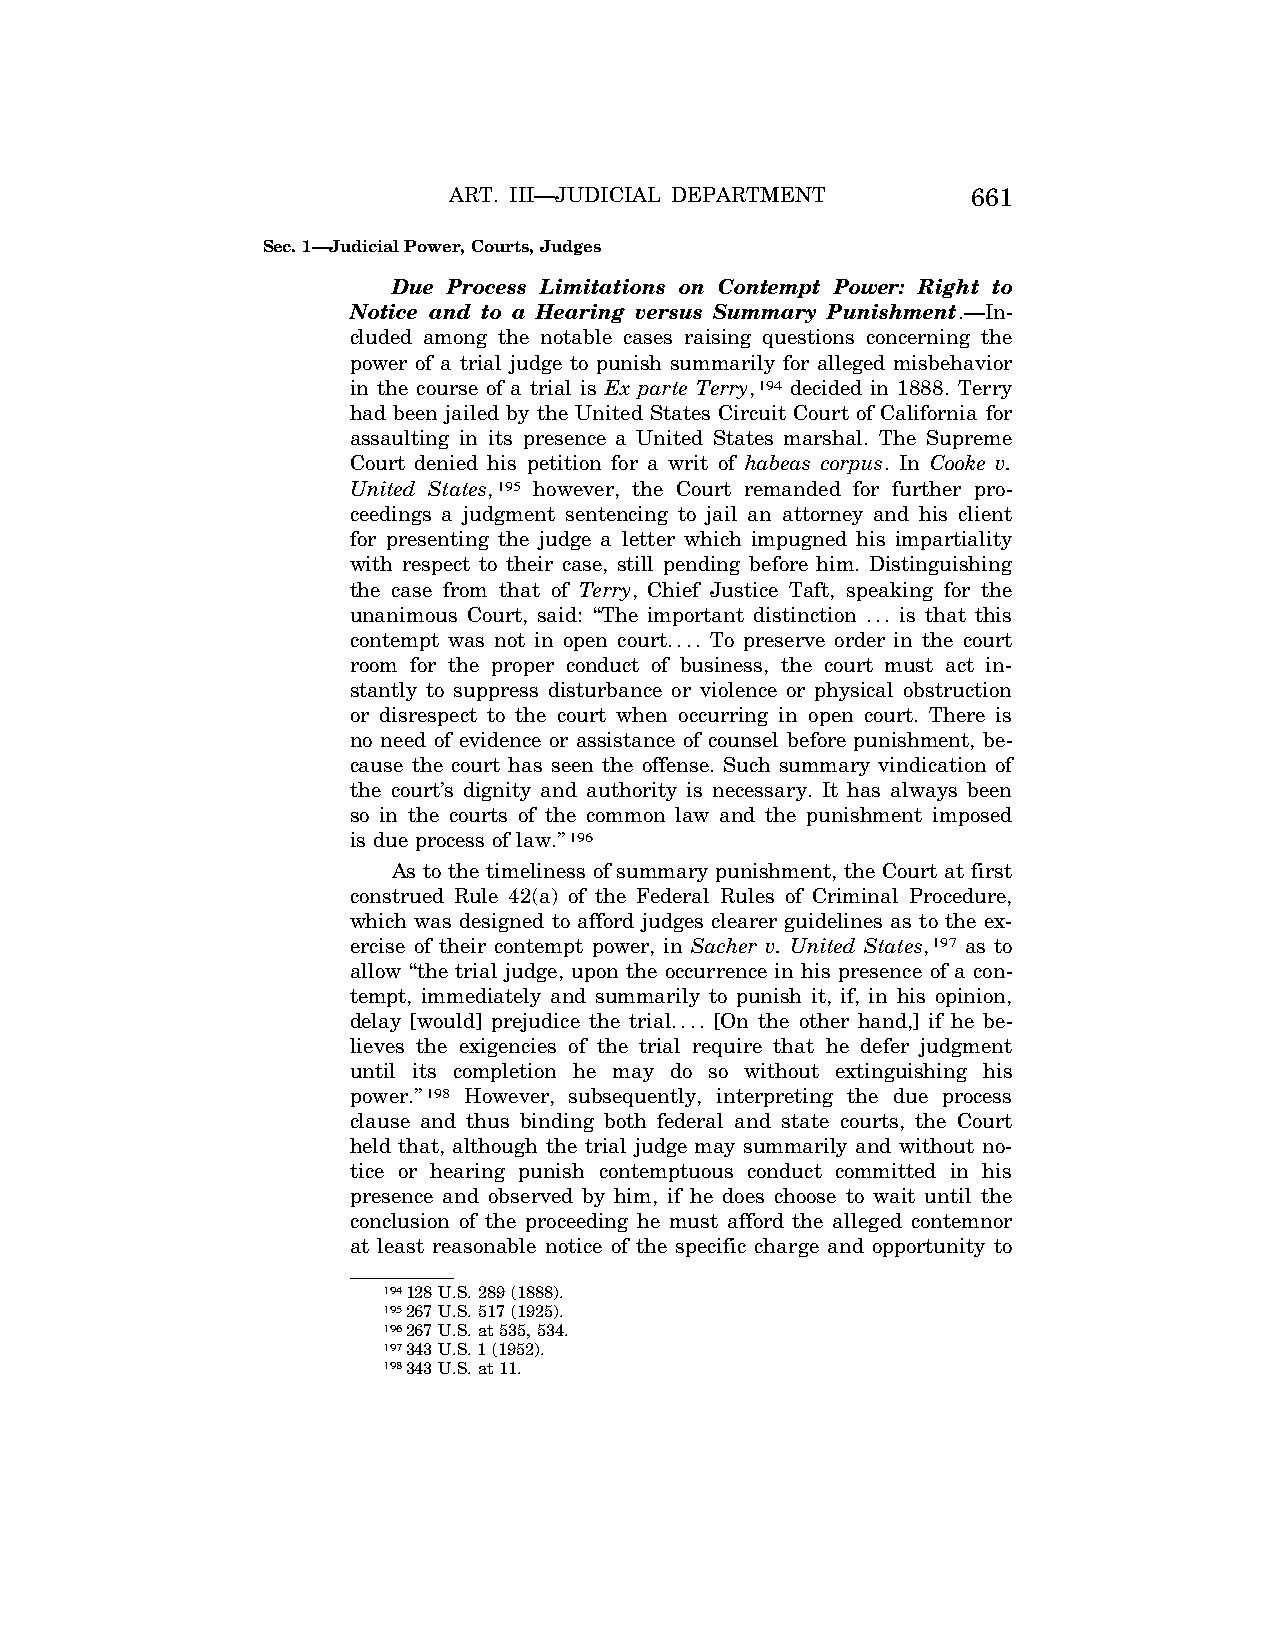
ART. III—JUDICIAL DEPARTMENT      661
 Sec. 1—Judicial Power, Courts, Judges
 Due Process Limitations on Contempt Power: Right to
 Notice and to a Hearing versus Summary Punishment.—In-
 cluded among the notable cases raising questions concerning the
 power of a trial judge to punish summarily for alleged misbehavior
 in the course of a trial is Ex parte Terry,194 decided in 1888. Terry
 had been jailed by the United States Circuit Court of California for
 assaulting in its presence a United States marshal. The Supreme
 Court denied his petition for a writ of habeas corpus. In Cooke v.
 United States,195 however, the Court remanded for further pro-
 ceedings a judgment sentencing to jail an attorney and his client
 for presenting the judge a letter which impugned his impartiality
 with respect to their case, still pending before him. Distinguishing
 the case from that of Terry, Chief Justice Taft, speaking for the
 unanimous Court, said: ‘‘The important distinction ... is that this
 contempt was not in open court.... To preserve order in the court
 room for the proper conduct of business, the court must act in-
 stantly to suppress disturbance or violence or physical obstruction
 or disrespect to the court when occurring in open court. There is
 no need of evidence or assistance of counsel before punishment, be-
 cause the court has seen the offense. Such summary vindication of
 the court’s dignity and authority is necessary. It has always been
 so in the courts of the common law and the punishment imposed
 is due process of law.’’196
 As to the timeliness of summary punishment, the Court at first
 construed Rule 42(a) of the Federal Rules of Criminal Procedure,
 which was designed to afford judges clearer guidelines as to the ex-
 ercise of their contempt power, in Sacher v. United States,197 as to
 allow ‘‘the trial judge, upon the occurrence in his presence of a con-
 tempt, immediately and summarily to punish it, if, in his opinion,
 delay [would] prejudice the trial.... [On the other hand,] if he be-
 lieves the exigencies of the trial require that he defer judgment
 until its completion he may do so without extinguishing his
 power.’’198 However, subsequently, interpreting the due process
 clause and thus binding both federal and state courts, the Court
 held that, although the trial judge may summarily and without no-
 tice or hearing punish contemptuous conduct committed in his
 presence and observed by him, if he does choose to wait until the
 conclusion of the proceeding he must afford the alleged contemnor
 at least reasonable notice of the specific charge and opportunity to
 194128 U.S. 289 (1888).
 195267 U.S. 517 (1925).
 196267 U.S. at 535, 534.
 197343 U.S. 1 (1952).
 198343 U.S. at 11.
 VerDate Apr<15>2004 08:36 Apr 29, 2004 Jkt 077500 PO 00000 Frm 00035 Fmt 8222 Sfmt 8222 C:\CONAN\CON013.SGM PRFM99 PsN: CON013